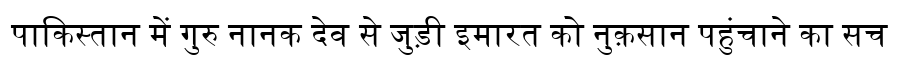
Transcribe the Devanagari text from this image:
पाकिस्तान में गुरु नानक देव से जुड़ी इमारत को नुक़सान पहुंचाने का सच